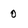
Character: 0